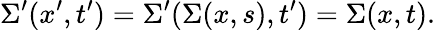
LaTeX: \Sigma^{\prime}(x^{\prime},t^{\prime})=\Sigma^{\prime}(\Sigma(x,s),t^{\prime})=\Sigma(x,t).